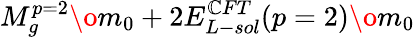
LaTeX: {{M_{g}^{p=2}}\o{m_{0}}}+2{{E_{L-sol}^{\mathbb{C}FT}(p=2)}\o{m_{0}}}